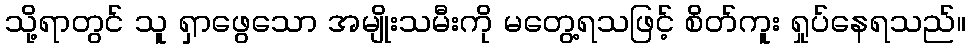
သို့ရာတွင် သူ ရှာဖွေသော အမျိုးသမီးကို မတွေ့ရသဖြင့် စိတ်ကူး ရှုပ်နေရသည်။